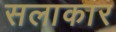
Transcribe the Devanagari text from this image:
सलाकार